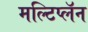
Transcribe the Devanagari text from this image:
मल्टिप्लॅन